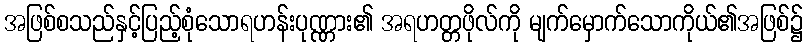
အဖြစ်စသည်နှင့်ပြည့်စုံသောရဟန်းပုဏ္ဏား၏ အရဟတ္တဖိုလ်ကို မျက်မှောက်သောကိုယ်၏အဖြစ်၌